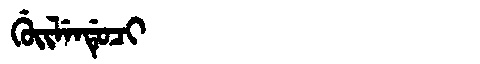
Manchu: ᡤᡠᡳᠯᡝᠨᡩᡠᠴᡳ
Romanization: GUILENDUCI